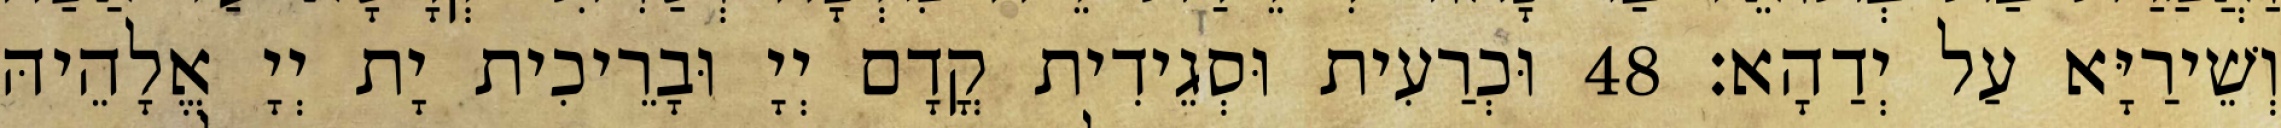
וְשֵׁירַיָּא עַל יְדַהָא׃ 48 וּכְרַעִית וּסְגֵידִית קֳדָם יְיָ וּבָרֵיכִית יָת יְיָ אֱלָהֵיהּ